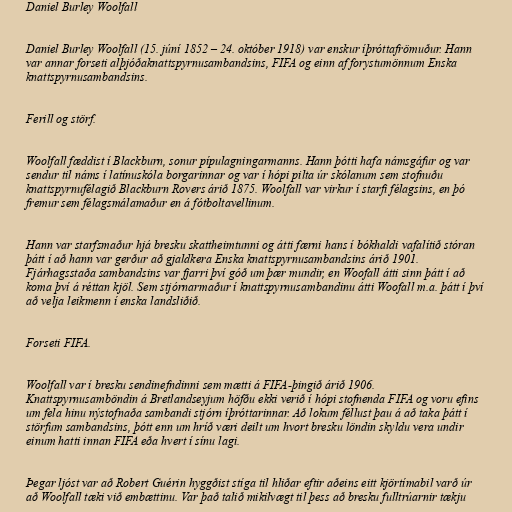
Daniel Burley Woolfall

Daniel Burley Woolfall (15. júní 1852 – 24. október 1918) var enskur íþróttafrömuður. Hann
var annar forseti alþjóðaknattspyrnusambandsins, FIFA og einn af forystumönnum Enska
knattspyrnusambandsins.

Ferill og störf.

Woolfall fæddist í Blackburn, sonur pípulagningarmanns. Hann þótti hafa námsgáfur og var
sendur til náms í latínuskóla borgarinnar og var í hópi pilta úr skólanum sem stofnuðu
knattspyrnufélagið Blackburn Rovers árið 1875. Woolfall var virkur í starfi félagsins, en þó
fremur sem félagsmálamaður en á fótboltavellinum.

Hann var starfsmaður hjá bresku skattheimtunni og átti færni hans í bókhaldi vafalítið stóran
þátt í að hann var gerður að gjaldkera Enska knattspyrnusambandsins árið 1901.
Fjárhagsstaða sambandsins var fjarri því góð um þær mundir, en Woofall átti sinn þátt í að
koma því á réttan kjöl. Sem stjórnarmaður í knattspyrnusambandinu átti Woofall m.a. þátt í því
að velja leikmenn í enska landsliðið.

Forseti FIFA.

Woolfall var í bresku sendinefndinni sem mætti á FIFA-þingið árið 1906.
Knattspyrnusamböndin á Bretlandseyjum höfðu ekki verið í hópi stofnenda FIFA og voru efins
um fela hinu nýstofnaða sambandi stjórn íþróttarinnar. Að lokum féllust þau á að taka þátt í
störfum sambandsins, þótt enn um hríð væri deilt um hvort bresku löndin skyldu vera undir
einum hatti innan FIFA eða hvert í sínu lagi.

Þegar ljóst var að Robert Guérin hyggðist stíga til hliðar eftir aðeins eitt kjörtímabil varð úr
að Woolfall tæki við embættinu. Var það talið mikilvægt til þess að bresku fulltrúarnir tækju